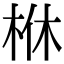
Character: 𣐾